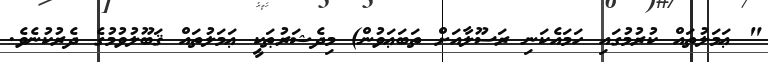
" ޢަމަލުތައް ކުރުމުގައި ހަމައެކަނި ރަސޫލާއަށް ތަބަޢަވުން) މިދެޝަރުޠަކީ ޢަމަލުތައް ޤަބޫލުވުމުގެ ދެރުކުނެވެ.